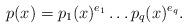
LaTeX: \begin{align*}p(x)=p_1(x)^{e_1}\dots p_{q}(x) ^{e_q}.\end{align*}